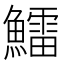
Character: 鱩